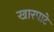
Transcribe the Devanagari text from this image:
खारपाटे